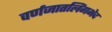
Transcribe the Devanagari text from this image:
वर्णजातलिंगभेद